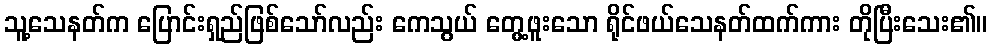
သူ့သေနတ်က ပြောင်းရှည်ဖြစ်သော်လည်း ကေသွယ် တွေ့ဖူးသော ရိုင်ဖယ်သေနတ်ထက်ကား တိုပြီးသေး၏။